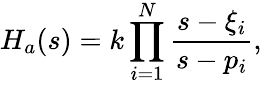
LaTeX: H_{a}(s)=k\prod_{i=1}^{N}{\frac{s-\xi_{i}}{s-p_{i}}},